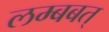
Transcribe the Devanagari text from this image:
लम्बबत्